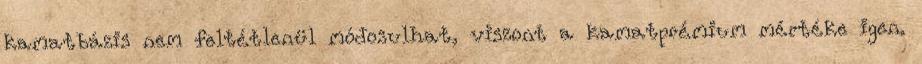
kamatbázis nem feltétlenül módosulhat, viszont a kamatprémium mértéke igen.